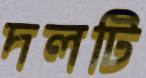
দলটি